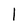
Character: 1